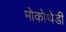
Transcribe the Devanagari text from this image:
मोकोथेडी